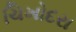
ચિખોદરા